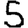
Digit: 5